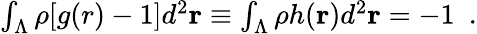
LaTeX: \begin{array}{r}{\int_{\Lambda}\rho[g(r)-1]d^{2}{\mathbf r}\equiv\int_{\Lambda}\rho h({\mathbf r})d^{2}{\mathbf r}=-1~~.}\end{array}